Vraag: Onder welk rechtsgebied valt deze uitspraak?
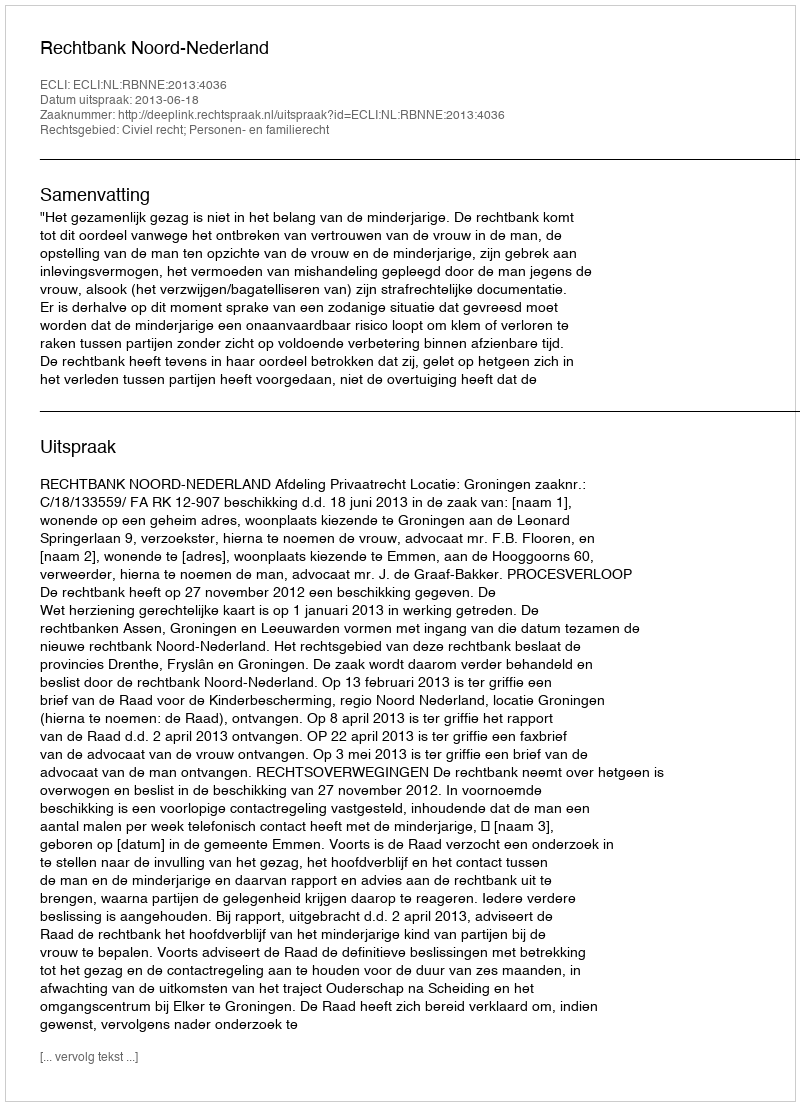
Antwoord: Civiel recht; Personen- en familierecht